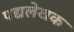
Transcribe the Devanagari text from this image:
पद्यलेखक